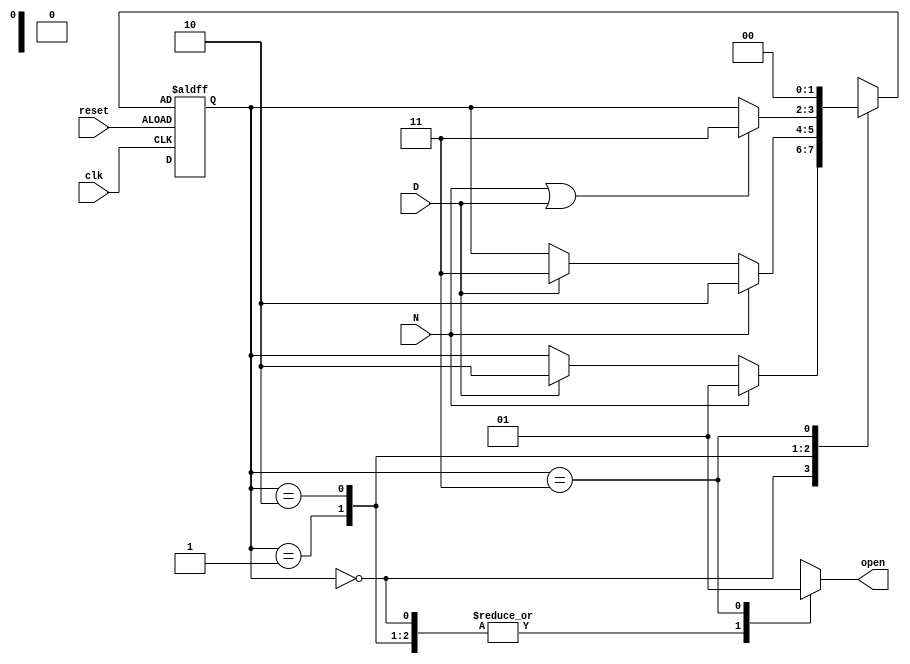
module vending_machine (
    N, D, reset, clk, open
);
    input       clk, reset, N, D;
    output  reg open;
    reg [1:0]   p_state, n_state;
    parameter   S0 = 2'b00, S1 = 2'b01, S2 = 2'b10, S3 = 2'b11;

    // part1 initialize and reset logic
    always @(posedge clk or posedge reset) begin
        if(!reset) p_state <= A;  // sync - reset logic 
        else p_state <= n_state;    // sync - next state assign
    end

    // part2 next state logic
    always @(*) begin
        case(p_state)
            S0: if(N) n_state = S1; else if(D) n_state = S2; else n_state = p_state;
            S1: if(N) n_state = S2; else if(D) n_state = S3; else n_state = p_state;
            S2: if(N|D) n_state = S3; else n_state = p_state;
            S3: n_state = S0;
        endcase
    end

    // part3 output select logic - independent from input(only relate to state)
    always @(p_state) begin
        case (p_state)
            S0: open = 0;
            S1: open = 0;
            S2: open = 0;
            S3: open = 1;
        endcase
    end
endmodule